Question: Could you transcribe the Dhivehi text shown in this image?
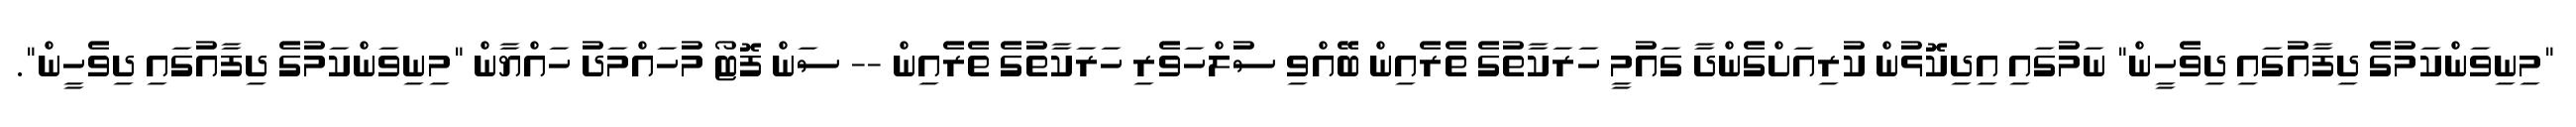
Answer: "މިނިވަންކަމުގެ ދިފާއުގައި ދިވެހީން" ނަމުގައި އިދިކޮޅުން ކުރިއަށްގެންދާ ގައުމީ ހަރަކާތުގެ ތެރެއިން ބޭއްވި ސުލްހަވެރި ހަރަކާތުގެ ތެރެއިން -- ސަން ފޮޓޯ މުހައްމަދު ހައްޔާން "މިނިވަންކަމުގެ ދިފާއުގައި ދިވެހީން".